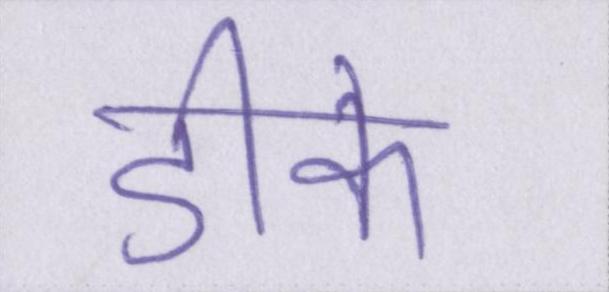
डीके